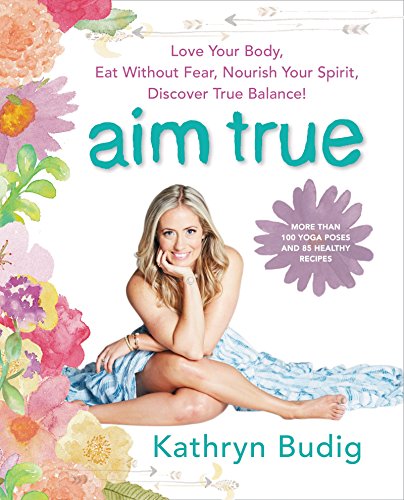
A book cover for Aim True: Love Your Body, Eat Without Fear, Nourish Your Spirit, Discover True Balance!; Kathryn Budig; Health, Fitness & Dieting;